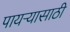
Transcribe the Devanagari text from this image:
पायऱ्यासाठी